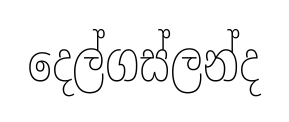
දෙල්ගස්ලන්ද